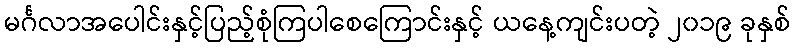
မင်္ဂလာအပေါင်းနှင့်ပြည့်စုံကြပါစေကြောင်းနှင့် ယနေ့ကျင်းပတဲ့ ၂၀၁၉ ခုနှစ်